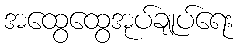
အထွေထွေအုပ်ချုပ်ရေး